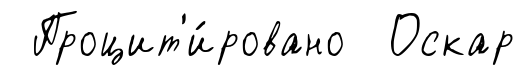
Процит'и́ровано Оскар